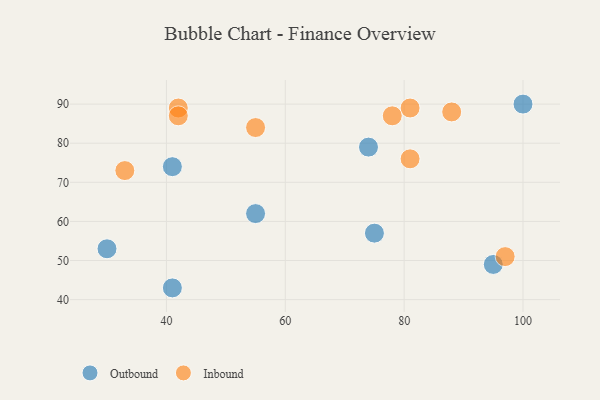
{"axis": {"x": "GDP", "y": "Life Expectancy"}, "legend": ["Inbound", "Outbound"], "data": [{"x": "30", "y": 53, "type": "Outbound"}, {"x": "41", "y": 74, "type": "Outbound"}, {"x": "75", "y": 57, "type": "Outbound"}, {"x": "74", "y": 79, "type": "Outbound"}, {"x": "55", "y": 62, "type": "Outbound"}, {"x": "41", "y": 43, "type": "Outbound"}, {"x": "100", "y": 90, "type": "Outbound"}, {"x": "95", "y": 49, "type": "Outbound"}, {"x": "42", "y": 89, "type": "Inbound"}, {"x": "88", "y": 88, "type": "Inbound"}, {"x": "81", "y": 89, "type": "Inbound"}, {"x": "81", "y": 76, "type": "Inbound"}, {"x": "78", "y": 87, "type": "Inbound"}, {"x": "55", "y": 84, "type": "Inbound"}, {"x": "97", "y": 51, "type": "Inbound"}, {"x": "42", "y": 87, "type": "Inbound"}, {"x": "33", "y": 73, "type": "Inbound"}]}